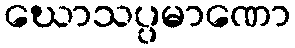
ဃောသပ္ပမာဏော